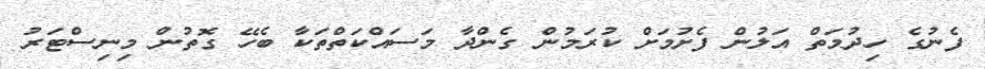
ފެނުގެ ހިދުމަތް އަލުން ފެށުމަށް ކުރަމުން ގެންދާ މަސައްކަތްތަކާ ބެހޭ ގޮތުން މިނިސްޓަރު